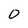
Character: 0